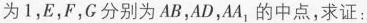
为1，E，F，G分别为AB，AD，AA_{1}的中点，求证：